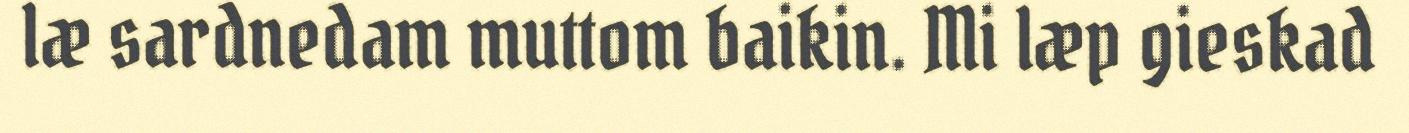
læ sardnedam muttom baikin. Mi læp gieskad